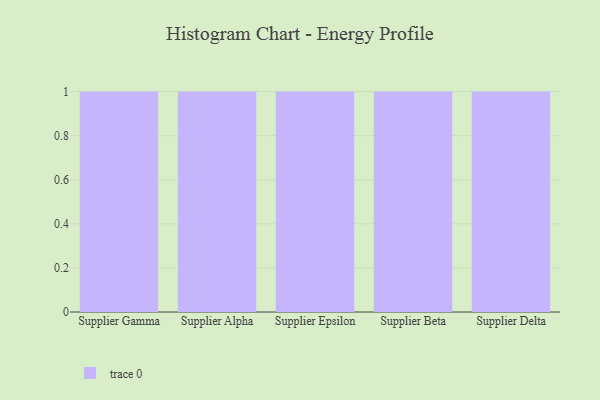
{"axis": {"x": "Supplier", "y": "Market Share (%)"}, "legend": [""], "data": [{"x": "Supplier Gamma", "y": 35, "type": ""}, {"x": "Supplier Alpha", "y": 38, "type": ""}, {"x": "Supplier Epsilon", "y": 16, "type": ""}, {"x": "Supplier Beta", "y": 12, "type": ""}, {"x": "Supplier Delta", "y": 97, "type": ""}]}